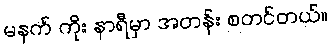
မနက် ကိုး နာရီမှာ အတန်း စတင်တယ်။